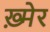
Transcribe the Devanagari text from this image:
ख़्मेर